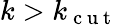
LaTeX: k>k_{\mathrm{~c~u~t~}}